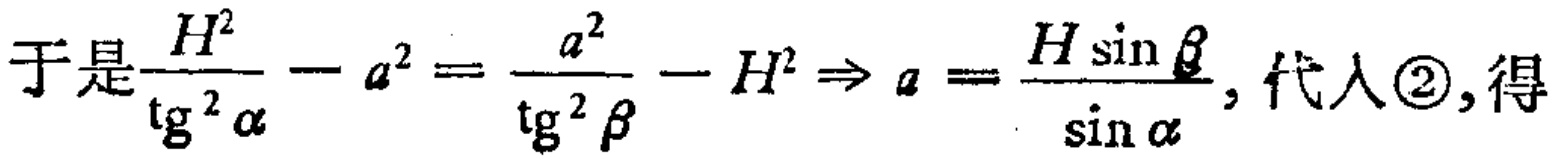
于是\frac{H^{2}}{\mathrm{tg}^{2}\alpha}-a^{2}=\frac{a^{2}}{\mathrm{tg}^{2}\beta}-H^{2}\Rightarrow a = \frac{H\sin\beta}{\sin\alpha}, 代入\textcircled{2}, 得